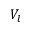
V _ { l }